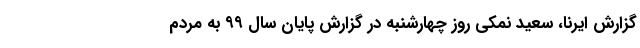
گزارش ایرنا، سعید نمکی روز چهارشنبه در گزارش پایان سال ۹۹ به مردم